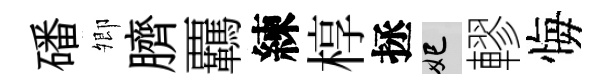
磻𡖖臍覊練椁拯妃轇悔